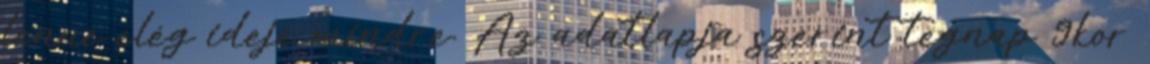
lenne elég ideje mindre. Az adatlapja szerint tegnap 9kor